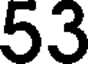
53